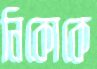
নিকোকে